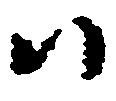
ハ